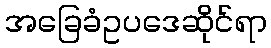
အခြေခံဥပဒေဆိုင်ရာ